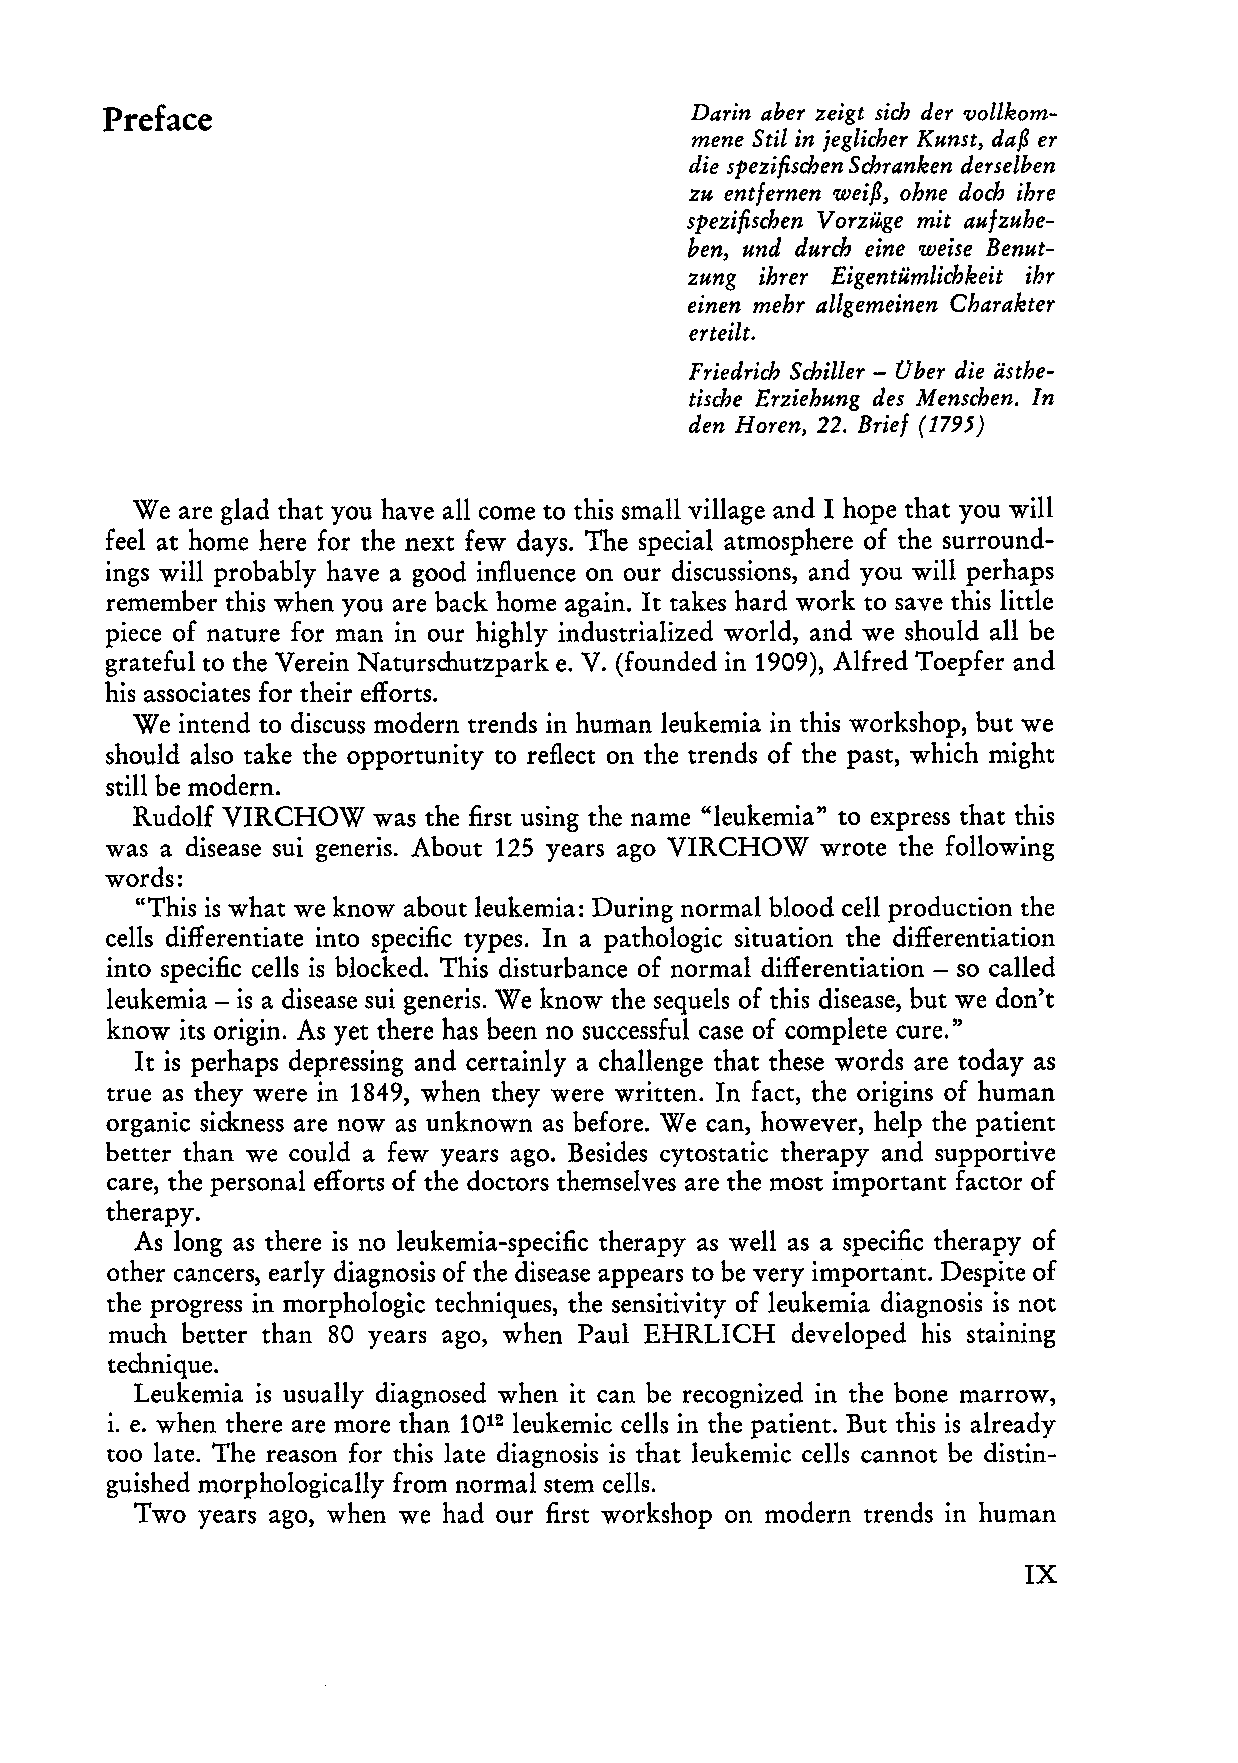
Preface                                Darin aber zeigt sich der vollkom
 mene Stil in jeglicher Kunst, daß er
 die spezifischen Schranken derselben
 zu entfernen weiß, ohne doch ihre
 spezifischen Vorzüge mit aufzuhe
 ben, und durch eine weise Benut
 zung ihrer Eigentümlichkeit ihr
 einen mehr allgemeinen Charakter
 erteilt.
 Friedrich Schiller - aber die ästhe
 tische Erziehung des Menschen. In
 den Horen, 22. Brief (1795)
 We are glad that you have all co me to this small village and I hope that you will
 feel at horne here for the next few days. The special atmosphere of the surround
 ings will probably have a good influence on our discussions, and you will perhaps
 remember this when you are back horne again. It takes hard work to save this little
 piece of nature for man in our highly industrialized world, and we should all be
 grateful to the Verein Naturschutzpark e. V. (founded in 1909), Alfred Toepfer and
 his associates for their efforts.
 We intend to discuss modern trends in human leukemia in this workshop, but we
 should also take the opportunity to reflect on the trends of the past, which might
 still be modern.
 Rudolf VIRCHOW  was the first using the name "leukemia" to express that this
 was a disease sui generis. About 125 years ago VIRCHOW wrote the following
 words:
 "This is what we know about leukemia: During normal blood cell production the
 cells differentiate into specific types. In a pathologie situation the differentiation
 into specific cells is blocked. This disturbance of normal differentiation - so called
 leukemia - is a disease sui generis. We know the sequels of this disease, but we don't
 know its origin. As yet there has been no successful case of complete eure."
 It is perhaps depressing and certainly achallenge that these words are today as
 true as they were in 1849, when they were written. In fact, the origins of human
 organic sickness are now as unknown as before. We can, however, help the patient
 better than we could a few years ago. Besides cytostatic therapy and supportive
 care, the personal efforts of the doctors themselves are the most important factor of
 therapy.
 As long as there is no leukemia-specific therapy as well as a specific therapy of
 other cancers, early diagnosis of the disease appears to be very important. Despite of
 the progress in morphologie techniques, the sensitivity of leukemia diagnosis is not
 much better than 80 years ago, when Paul EHRLICH developed his staining
 technique.
 Leukemia is usually diagnosed when it can be recognized in the bone marrow,
 i. e. when there are more than 1012 leukemic ceIls in the patient. But this is already
 too late. The reason for this late diagnosis is that leukemic ceIls cannot be distin
 guished morphologically from normal stern ceIls.
 Two  years ago, when we had our first workshop on modern trends in human
 IX